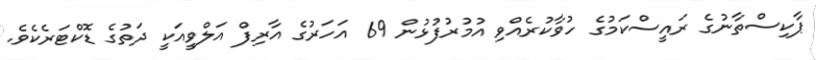
ޕާކިސްތާނުގެ ރައީސްކަމުގެ ހުވާކުރެއްވި އުމުރުފުޅުން 69 އަހަރުގެ އާރިފް އަލްވީއަކީ ދަތުގެ ޑޮކްޓަރެކެވެ.